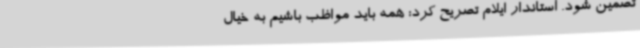
تضمین شود. استاندار ایلام تصریح کرد: همه باید مواظب باشیم به خیال